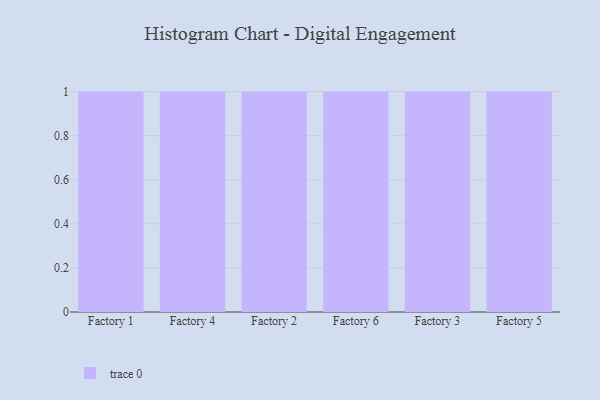
{"axis": {"x": "Factory", "y": "Latency (ms)"}, "legend": [""], "data": [{"x": "Factory 1", "y": 68, "type": ""}, {"x": "Factory 4", "y": 57, "type": ""}, {"x": "Factory 2", "y": 54, "type": ""}, {"x": "Factory 6", "y": 71, "type": ""}, {"x": "Factory 3", "y": 27, "type": ""}, {"x": "Factory 5", "y": 24, "type": ""}]}